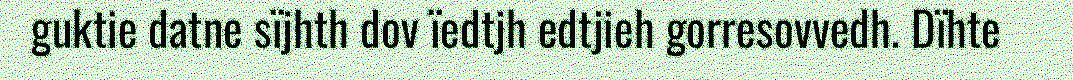
guktie datne sïjhth dov ïedtjh edtjieh gorresovvedh. Dïhte